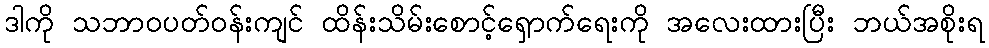
ဒါကို သဘာဝပတ်ဝန်းကျင် ထိန်းသိမ်းစောင့်ရှောက်ရေးကို အလေးထားပြီး ဘယ်အစိုးရ